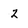
Character: 2